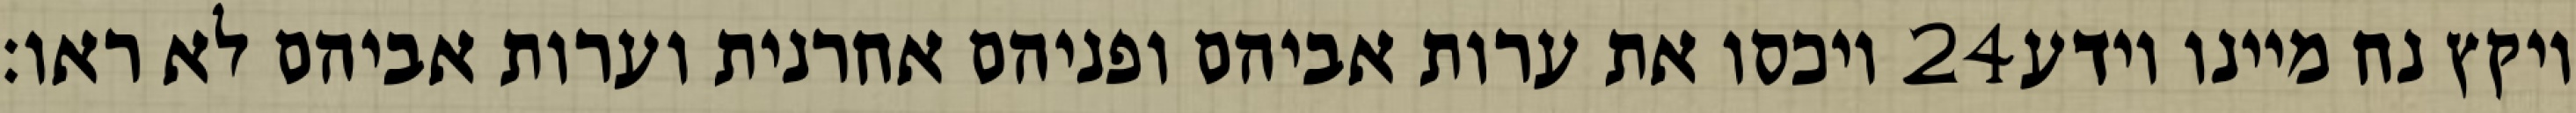
ויכסו את ערות אביהם ופניהם אחרנית וערות אביהם לא ראו׃ ‎24‏ ויקץ נח מיינו וידע